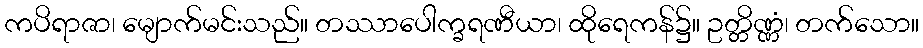
ကပိရာဇာ၊ မျောက်မင်းသည်။ တဿာပေါက္ခရဏီယာ၊ ထိုရေကန်၌။ ဥတ္တိဏ္ဏံ၊ တက်သော။